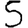
Digit: 5